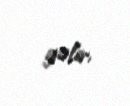
gəlir.